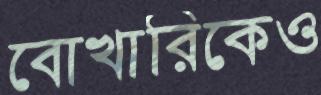
বোখারিকেও